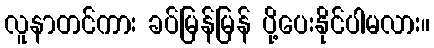
လူနာတင်ကား ခပ်မြန်မြန် ပို့ပေးနိုင်ပါမလား။